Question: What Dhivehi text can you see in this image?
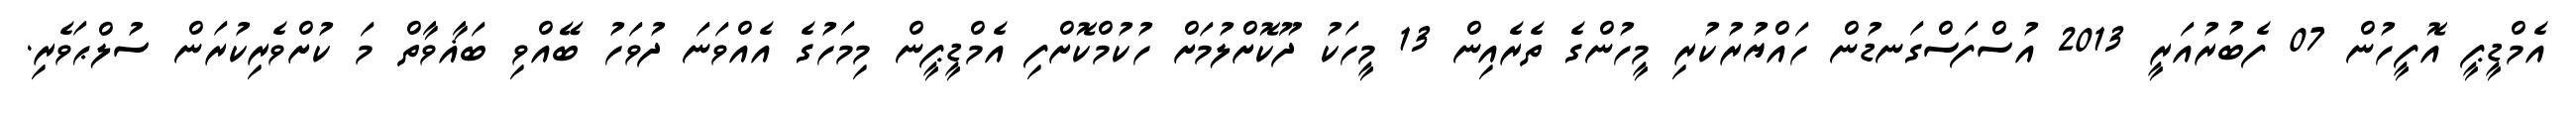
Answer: އެމްޑީޕީ އޮފީހުން 07 ފެބުރުއަރީ 2013 އުސްފަސްގަނޑުން ހައްޔުރުކުރި މީހުންގެ ތެރެއިން 13 މީހަކު ދޫކޮށްލުމަށް ހުކުމްކޮށްފި އެމްޑީޕީން މިމަހުގެ އެއްވަނަ ދުވަހު ބޭއްވި ބަޣާވާތް މަ ކުށްވެރިކުރަން ސުލްޙަވެރި.